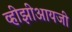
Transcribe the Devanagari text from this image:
व्हीझीआयजी